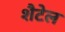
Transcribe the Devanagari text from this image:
शैटेल